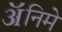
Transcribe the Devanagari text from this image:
ॲनिमे